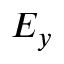
E _ { y }